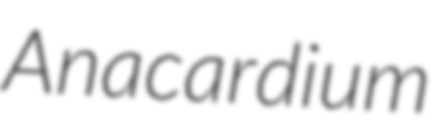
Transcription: Anacardium